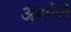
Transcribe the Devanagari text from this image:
अरमेरो